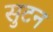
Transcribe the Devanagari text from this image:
सुटन